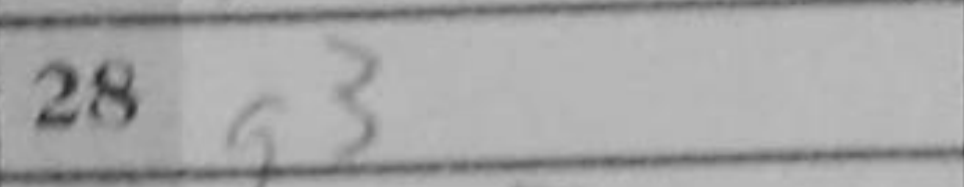
Transcription: g3